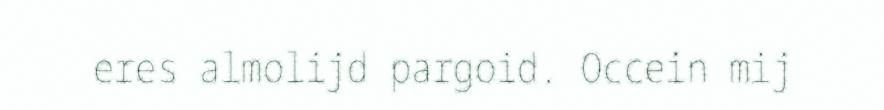
eres almolijd pargoid. Occein mij